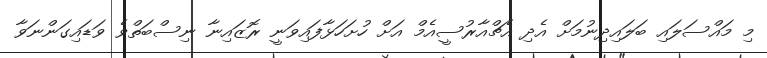
މި މައްސަލައި ބަލައިދިނުމަށް އެދި އެޗްއާރުސީއެމް އަށް ހުށަހަޅާފައިވަނީ ރޮޒައިނާ ނިސްބަތްވެ ވަޑައިގަންނަވާ